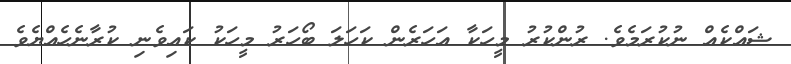
ޝައްކެއް ނުކުރަމެވެ. ރުންކުރު މީހަކާ އަަހަރެން ކަހަލަ ބޯހަރު މީހަކު ކައިވެނި ކުރާނެހެއްޔެވެ